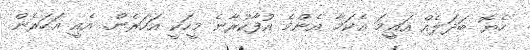
ހެޔޮ ބަދަލެއް އައީމަ އެކަމާ އެންމެ އުފާކުރާނެ މީހަކީ އަހަރެން. އެއީ އަހަރެން